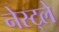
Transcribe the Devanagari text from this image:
नेस्ट्ले